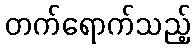
တက်ရောက်သည့်